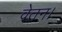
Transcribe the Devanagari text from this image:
वेतन।